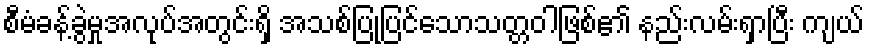
စီမံခန့်ခွဲမှုအလုပ်အတွင်းရှိ အသစ်ပြုပြင်သောသတ္တဝါဖြစ်၏ နည်းလမ်းရှာပြီး ကျယ်